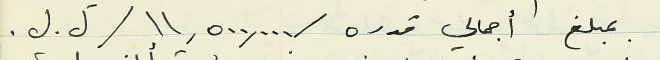
مبلغ أجمالي قدره / ١١,٥٠٠,٠٠٠/ل. ل.